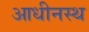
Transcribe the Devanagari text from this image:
आधीनस्थ